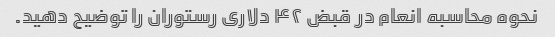
نحوه محاسبه انعام در قبض ۴۲ دلاری رستوران را توضیح دهید.